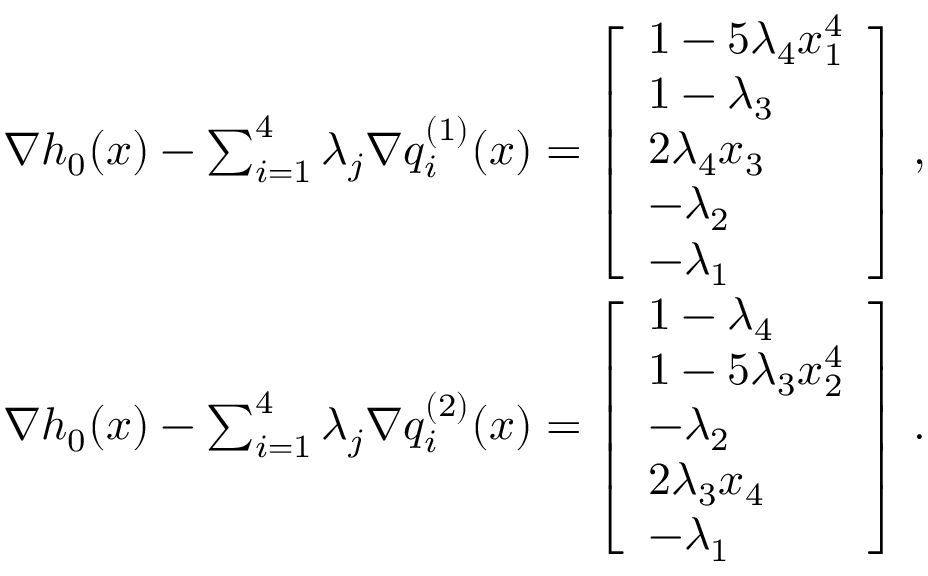
\begin{array} { r l } & { \nabla h _ { 0 } ( x ) - \sum _ { i = 1 } ^ { 4 } \lambda _ { j } \nabla q _ { i } ^ { ( 1 ) } ( x ) \if { = \left[ \begin{array} { l } { 1 } \\ { 1 } \\ { 0 } \\ { 0 } \\ { 0 } \end{array} \right] - \lambda _ { 1 } \left[ \begin{array} { l } { 0 } \\ { 0 } \\ { 0 } \\ { 0 } \\ { 1 } \end{array} \right] - \lambda _ { 2 } \left[ \begin{array} { l } { 0 } \\ { 0 } \\ { 0 } \\ { 1 } \\ { 0 } \end{array} \right] - \lambda _ { 3 } \left[ \begin{array} { l } { 0 } \\ { 1 } \\ { 0 } \\ { 0 } \\ { 0 } \end{array} \right] - \lambda _ { 4 } \left[ \begin{array} { l } { 5 x _ { 1 } ^ { 4 } } \\ { 0 } \\ { - 2 x _ { 3 } } \\ { 0 } \\ { 0 } \end{array} \right] } \fi = \left[ \begin{array} { l } { 1 - 5 \lambda _ { 4 } x _ { 1 } ^ { 4 } } \\ { 1 - \lambda _ { 3 } } \\ { 2 \lambda _ { 4 } x _ { 3 } } \\ { - \lambda _ { 2 } } \\ { - \lambda _ { 1 } } \end{array} \right] \, , } \\ & { \nabla h _ { 0 } ( x ) - \sum _ { i = 1 } ^ { 4 } \lambda _ { j } \nabla q _ { i } ^ { ( 2 ) } ( x ) \if { = \left[ \begin{array} { l } { 1 } \\ { 1 } \\ { 0 } \\ { 0 } \\ { 0 } \end{array} \right] - \lambda _ { 1 } \left[ \begin{array} { l } { 0 } \\ { 0 } \\ { 0 } \\ { 0 } \\ { 1 } \end{array} \right] - \lambda _ { 2 } \left[ \begin{array} { l } { 0 } \\ { 0 } \\ { 1 } \\ { 0 } \\ { 0 } \end{array} \right] - \lambda _ { 3 } \left[ \begin{array} { l } { 0 } \\ { 5 x _ { 2 } ^ { 4 } } \\ { 0 } \\ { - 2 x _ { 4 } } \\ { 0 } \end{array} \right] - \lambda _ { 4 } \left[ \begin{array} { l } { 1 } \\ { 0 } \\ { 0 } \\ { 0 } \\ { 0 } \end{array} \right] } \fi = \left[ \begin{array} { l } { 1 - \lambda _ { 4 } } \\ { 1 - 5 \lambda _ { 3 } x _ { 2 } ^ { 4 } } \\ { - \lambda _ { 2 } } \\ { 2 \lambda _ { 3 } x _ { 4 } } \\ { - \lambda _ { 1 } } \end{array} \right] \, . } \end{array}